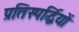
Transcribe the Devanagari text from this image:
प्रतिस्पर्द्धियों